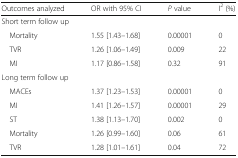
| Outcomes analyzed | OR with 95% CI | P value | I2 (%) |
 | --- | --- | --- | --- |
 | <COLSPAN=4> Short term follow up |
 | Mortality | 1.55 [1.43–1.68] | 0.00001 | 0 |
 | TVR | 1.26 [1.06–1.49] | 0.009 | 22 |
 | MI | 1.17 [0.86–1.58] | 0.32 | 91 |
 | <COLSPAN=4> Long term follow up |
 | MACEs | 1.37 [1.23–1.53] | 0.00001 | 0 |
 | MI | 1.41 [1.26–1.57] | 0.00001 | 29 |
 | ST | 1.38 [1.13–1.70] | 0.002 | 0 |
 | Mortality | 1.26 [0.99–1.60] | 0.06 | 61 |
 | TVR | 1.28 [1.01–1.61] | 0.04 | 72 |